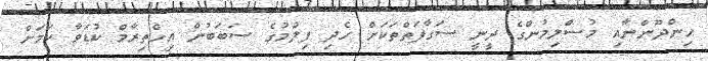
ހިންދޫންނާއި މުސްލިމުންގެ ދީނީ ސަގާފަތްތަކަށް ހެދި ފިލްމުގެ ސަބަބުން އިހްތިރާމް ކުޑަވާ ކަމަށް